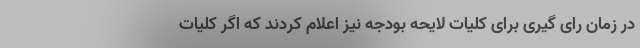
در زمان رای گیری برای کلیات لایحه بودجه نیز اعلام کردند که اگر کلیات